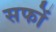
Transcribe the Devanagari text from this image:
सफों